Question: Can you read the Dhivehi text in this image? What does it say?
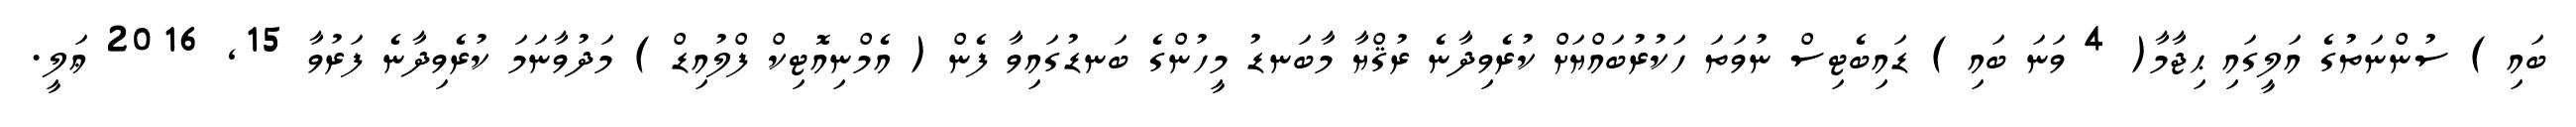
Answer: ބައި ) ސުންނަތުގެ އަލީގައި ޙިޖާމާ( 4 ވަނަ ބައި ) ޑައިބެޓިސް ނުވަތަ ހަކުރުބައްޔަށް ކުރެވިދާނެ ރުޤްޔާ މާބަނޑު މީހުންގެ ބަނޑުގައިވާ ފެން ( އެމްނިއޮޓިކް ފްލުއިޑް ) މަދުވާނަމަ ކުރެވިދާނެ ފަރުވާ 15, 2016 ޢަލީ.